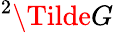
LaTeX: {}^{2}\Tilde{G}